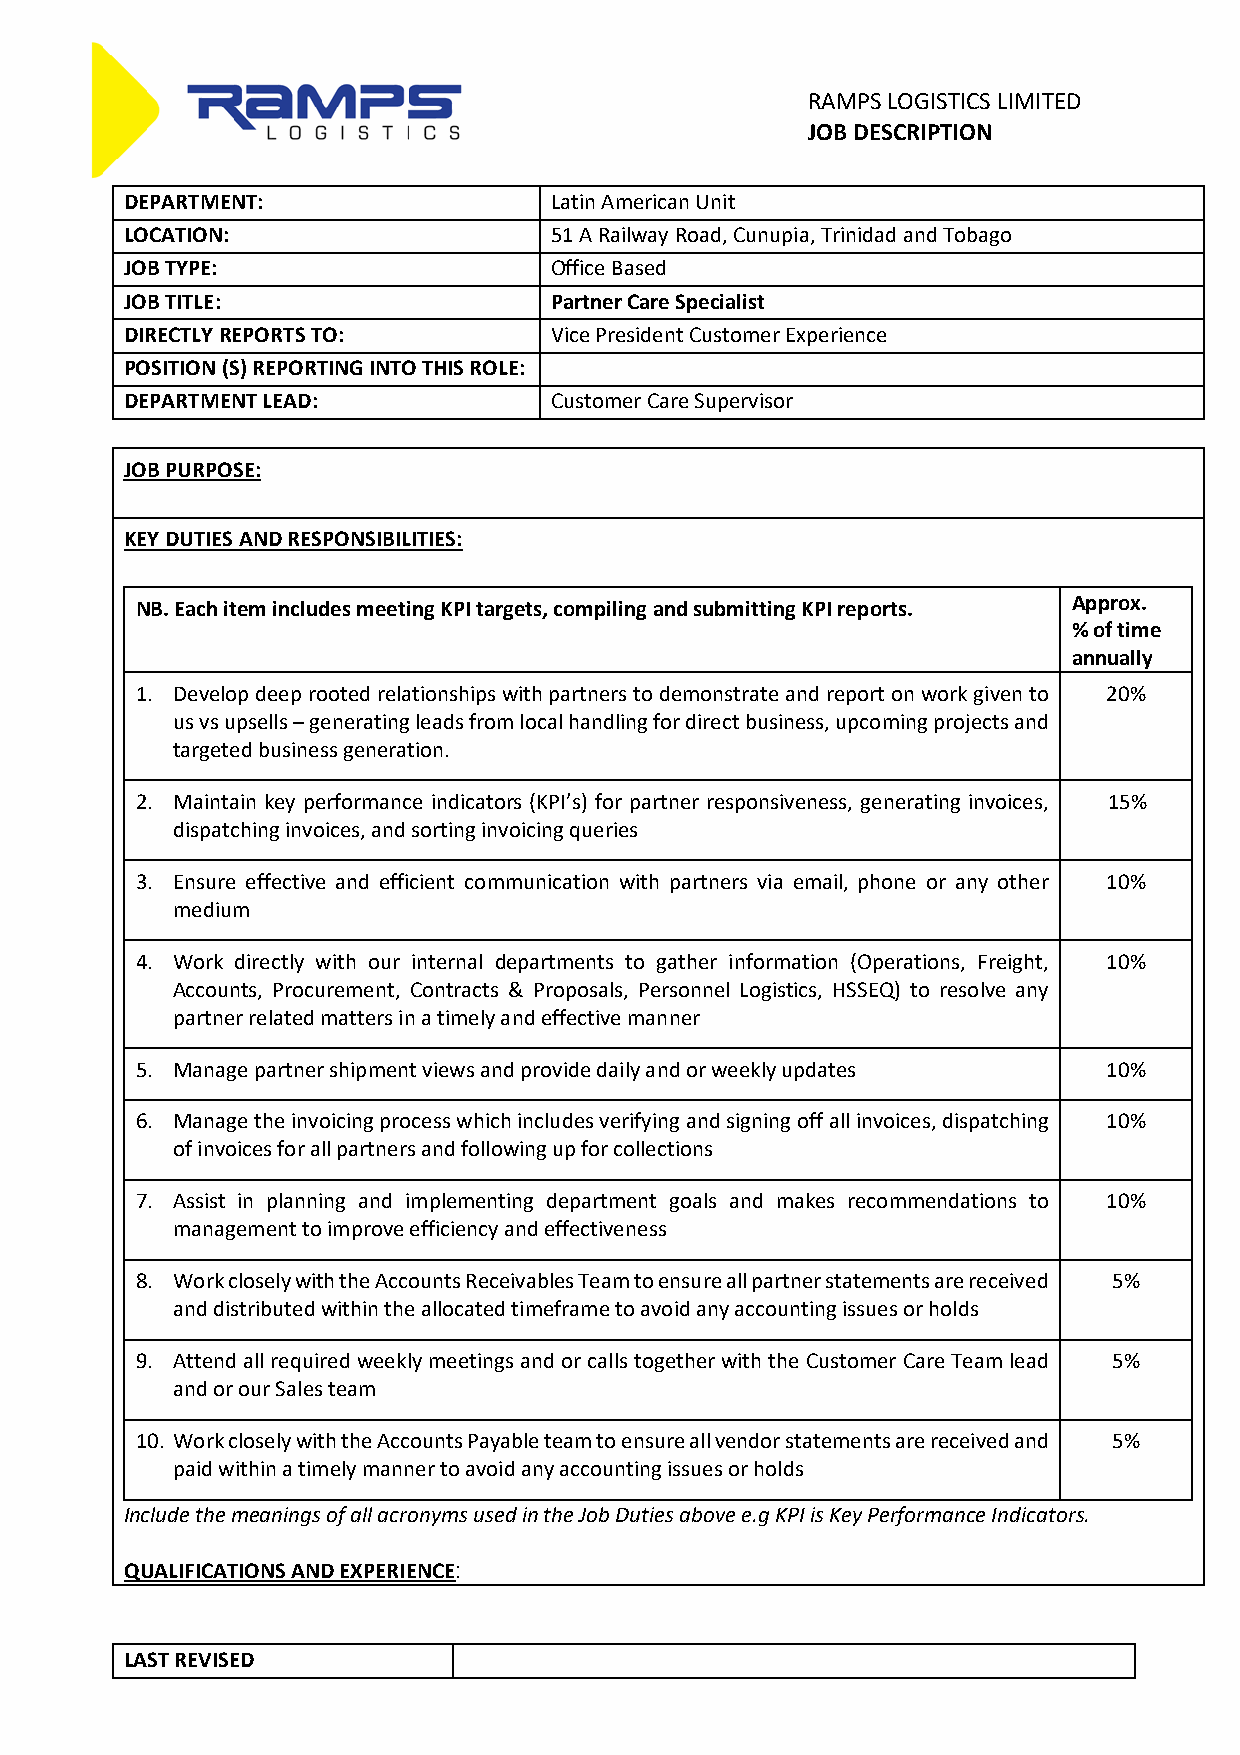
RAMPS LOGISTICS LIMITED
 JOB DESCRIPTION
 DEPARTMENT:                 Latin American Unit
 LOCATION:                   51 A Railway Road, Cunupia, Trinidad and Tobago
 JOB TYPE:                   Office Based
 JOB TITLE:                  Partner Care Specialist
 DIRECTLY REPORTS TO:        Vice President Customer Experience
 POSITION (S) REPORTING INTO THIS ROLE:
 DEPARTMENT LEAD:            Customer Care Supervisor
 JOB PURPOSE:
 KEY DUTIES AND RESPONSIBILITIES:
 Approx.
 NB. Each item includes meeting KPI targets, compiling and submitting KPI reports.
 % of time
 annually
 1. Develop deep rooted relationships with partners to demonstrate and report on work given to 20%
 us vs upsells – generating leads from local handling for direct business, upcoming projects and
 targeted business generation.
 2. Maintain key performance indicators (KPI’s) for partner responsiveness, generating invoices, 15%
 dispatching invoices, and sorting invoicing queries
 3. Ensure effective and efficient communication with partners via email, phone or any other 10%
 medium
 4. Work directly with our internal departments to gather information (Operations, Freight, 10%
 Accounts, Procurement, Contracts & Proposals, Personnel Logistics, HSSEQ) to resolve any
 partner related matters in a timely and effective manner
 5. Manage partner shipment views and provide daily and or weekly updates 10%
 6. Manage the invoicing process which includes verifying and signing off all invoices, dispatching 10%
 of invoices for all partners and following up for collections
 7. Assist in planning and implementing department goals and makes recommendations to 10%
 management to improve efficiency and effectiveness
 8. Work closely with the Accounts Receivables Team to ensure all partner statements are received 5%
 and distributed within the allocated timeframe to avoid any accounting issues or holds
 9. Attend all required weekly meetings and or calls together with the Customer Care Team lead 5%
 and or our Sales team
 10. Work closely with the Accounts Payable team to ensure all vendor statements are received and 5%
 paid within a timely manner to avoid any accounting issues or holds
 Include the meanings of all acronyms used in the Job Duties above e.g KPI is Key Performance Indicators.
 QUALIFICATIONS AND EXPERIENCE:
 LAST REVISED